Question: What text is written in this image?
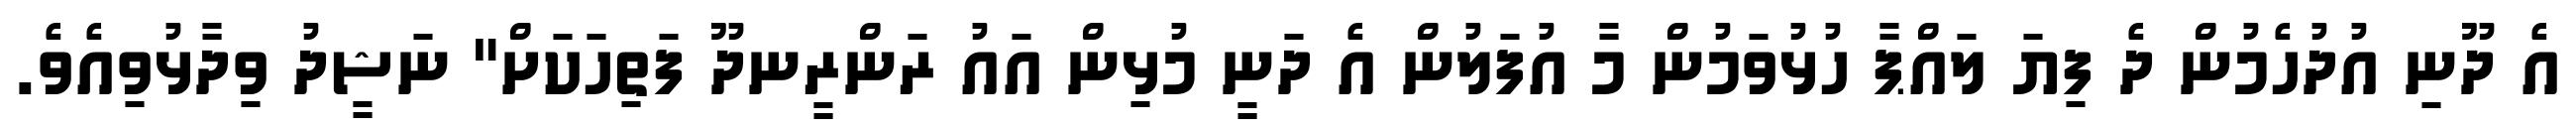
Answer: އެ ދޫނި އުދުހެމުން ދެ ފިޔަ ލައްޕާ ހުޅުވަމުން މާ އުފަލުން އެ ދަނީ މުޅިން އައު ރަންރީނދޫ ފަތިހަކަށް" ނަޝީދު ވިދާޅުވިއެވެ.